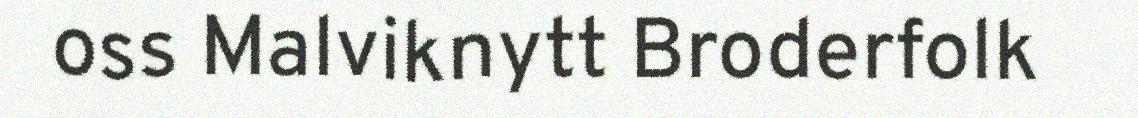
oss Malviknytt Broderfolk